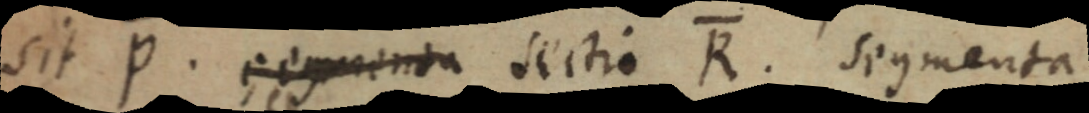
sit P. segmenta sectio R. segmenta